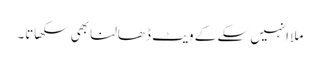
ملا انہیں سکے کے ویٹ ڈھالنا بھی سکھاتا۔